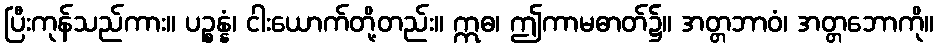
ပြီးကုန်သည်ကား။ ပဉ္စန္နံ၊ ငါးယောက်တို့တည်း။ ဣဓ၊ ဤကာမဓာတ်၌။ အတ္တဘာဝံ၊ အတ္တဘောကို။